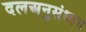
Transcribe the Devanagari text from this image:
दलअनुसंधान